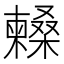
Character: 𣞰